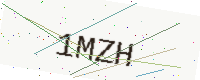
Text: 1MZH